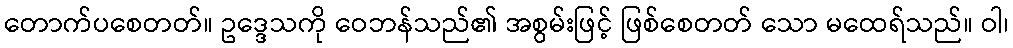
တောက်ပစေတတ်။ ဥဒ္ဒေသကို ဝေဘန်သည်၏ အစွမ်းဖြင့် ဖြစ်စေတတ် သော မထေရ်သည်။ ဝါ၊